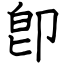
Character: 卽